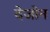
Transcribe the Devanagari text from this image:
देजोन